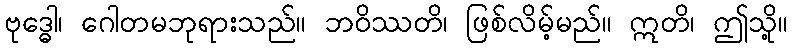
ဗုဒ္ဓေါ၊ ဂေါတမဘုရားသည်။ ဘဝိဿတိ၊ ဖြစ်လိမ့်မည်။ ဣတိ၊ ဤသို့။